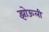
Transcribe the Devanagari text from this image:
झोऊली